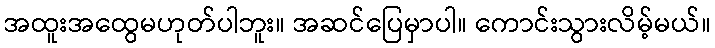
အထူးအထွေမဟုတ်ပါဘူး။ အဆင်ပြေမှာပါ။ ကောင်းသွားလိမ့်မယ်။